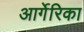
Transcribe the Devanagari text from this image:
आर्गेरिका